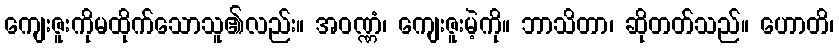
ကျေးဇူးကိုမထိုက်သောသူ၏လည်း။ အဝဏ္ဏံ၊ ကျေးဇူးမဲ့ကို။ ဘာသိတာ၊ ဆိုတတ်သည်။ ဟောတိ၊